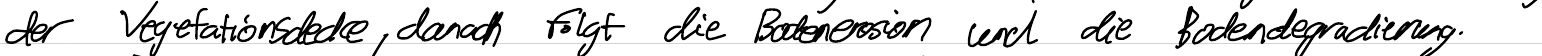
der Vegetationsdecke, danach folgt die Bodenerosion und die Bodendegradierung.